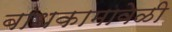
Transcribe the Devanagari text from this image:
बांधकामावेळी